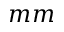
m m